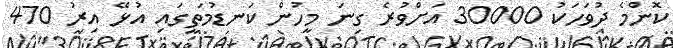
ކޮންމެ ދުވަހަކު 30000 އަށްވުރެ ގިނަ މީހުން ކަނޑުމަތީގައި އުޅޭ އިރު 470